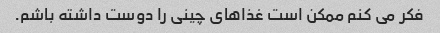
فکر می کنم ممکن است غذاهای چینی را دوست داشته باشم.